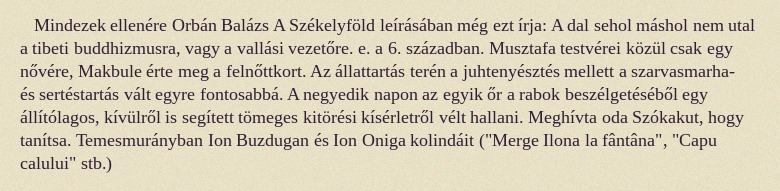
Mindezek ellenére Orbán Balázs A Székelyföld leírásában még ezt írja: A dal sehol máshol nem utal a tibeti buddhizmusra, vagy a vallási vezetőre. e. a 6. században. Musztafa testvérei közül csak egy nővére, Makbule érte meg a felnőttkort. Az állattartás terén a juhtenyésztés mellett a szarvasmarha- és sertéstartás vált egyre fontosabbá. A negyedik napon az egyik őr a rabok beszélgetéséből egy állítólagos, kívülről is segített tömeges kitörési kísérletről vélt hallani. Meghívta oda Szókakut, hogy tanítsa. Temesmurányban Ion Buzdugan és Ion Oniga kolindáit ("Merge Ilona la fântâna", "Capu calului" stb.)